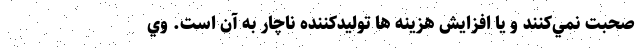
صحبت نمي‌كنند و یا افزایش هزینه ها تولیدکننده ناچار به آن است. وي